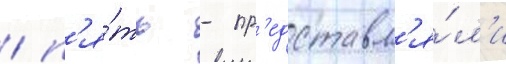
/ п'я́ть - пр'едставл'я́л'и